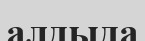
алдыда